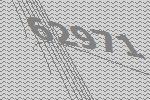
62971